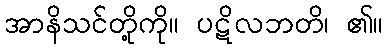
အာနိသင်တို့ကို။ ပဋိလဘတိ၊ ၏။